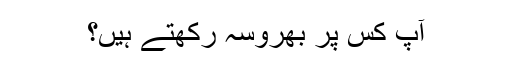
آپ کس پر بھروسہ رکھتے ہیں؟